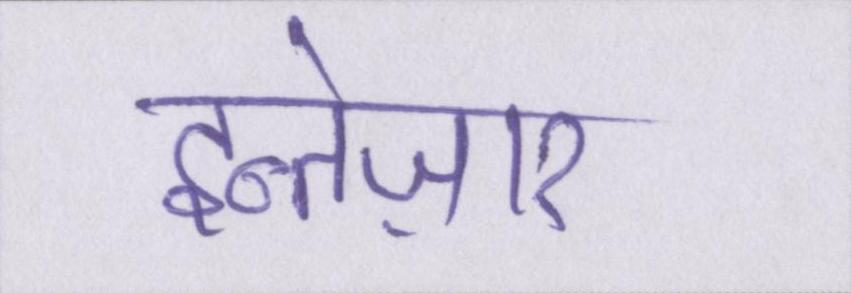
इन्तेज़ार